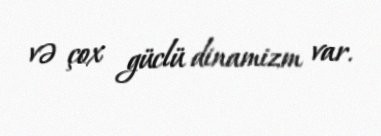
və çox güclü dinamizm var.